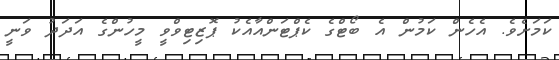
ކަމަށެވެ. އެހެން ކަމުން އެ ބޯޓްގެ ކެޕްޓަންއާއެކު ޕޮޒިޓިވްވީ މީހުންގެ އަދަދު ވަނީ